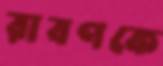
রাবণকে